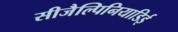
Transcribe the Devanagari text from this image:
सीजैल्पिनियाडिई